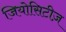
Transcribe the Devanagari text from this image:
जियोसिटीज़